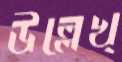
উল্লেখ্